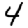
Digit: 4